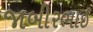
જાબીરભાઈ